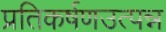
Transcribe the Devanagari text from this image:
प्रतिकर्षणउत्पन्न